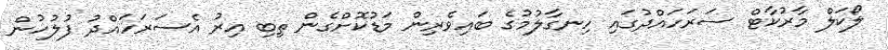
ލޯކަލް މާރުކާޓް ސަރަހައްދުގައި ހިނގާލުމުގެ ބައިވެރިން މަޑުކޮށްގެން ތިބި އިރު އެސަރަހައްދު ފުލުހުން